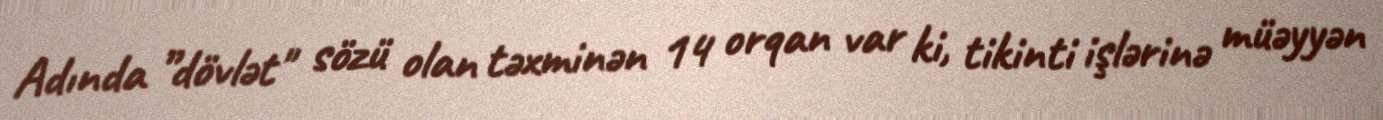
Adında ”dövlət" sözü olan təxminən 14 orqan var ki, tikinti işlərinə müəyyən